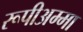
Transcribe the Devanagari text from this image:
रूपीअम्मा